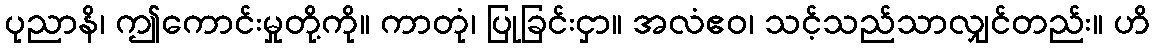
ပုညာနိ၊ ဤကောင်းမှုတို့ကို။ ကာတုံ၊ ပြုခြင်းငှာ။ အလံဧဝ၊ သင့်သည်သာလျှင်တည်း။ ဟိ